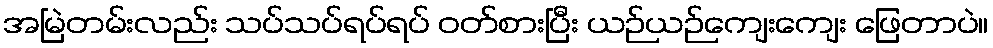
အမြဲတမ်းလည်း သပ်သပ်ရပ်ရပ် ဝတ်စားပြီး ယဉ်ယဉ်ကျေးကျေး ဖြေတာပဲ။